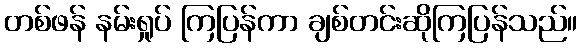
တစ်ဖန် နမ်းရှုပ် ကြပြန်ကာ ချစ်တင်းဆိုကြပြန်သည်။